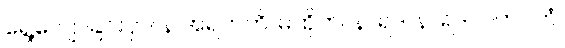
ရွေ့လျောခြင်းငှာ။ န အရဟတိ၊ မထိုက်။ နာရဒ၊ နာရဒ။ ဂဟပတံ၊